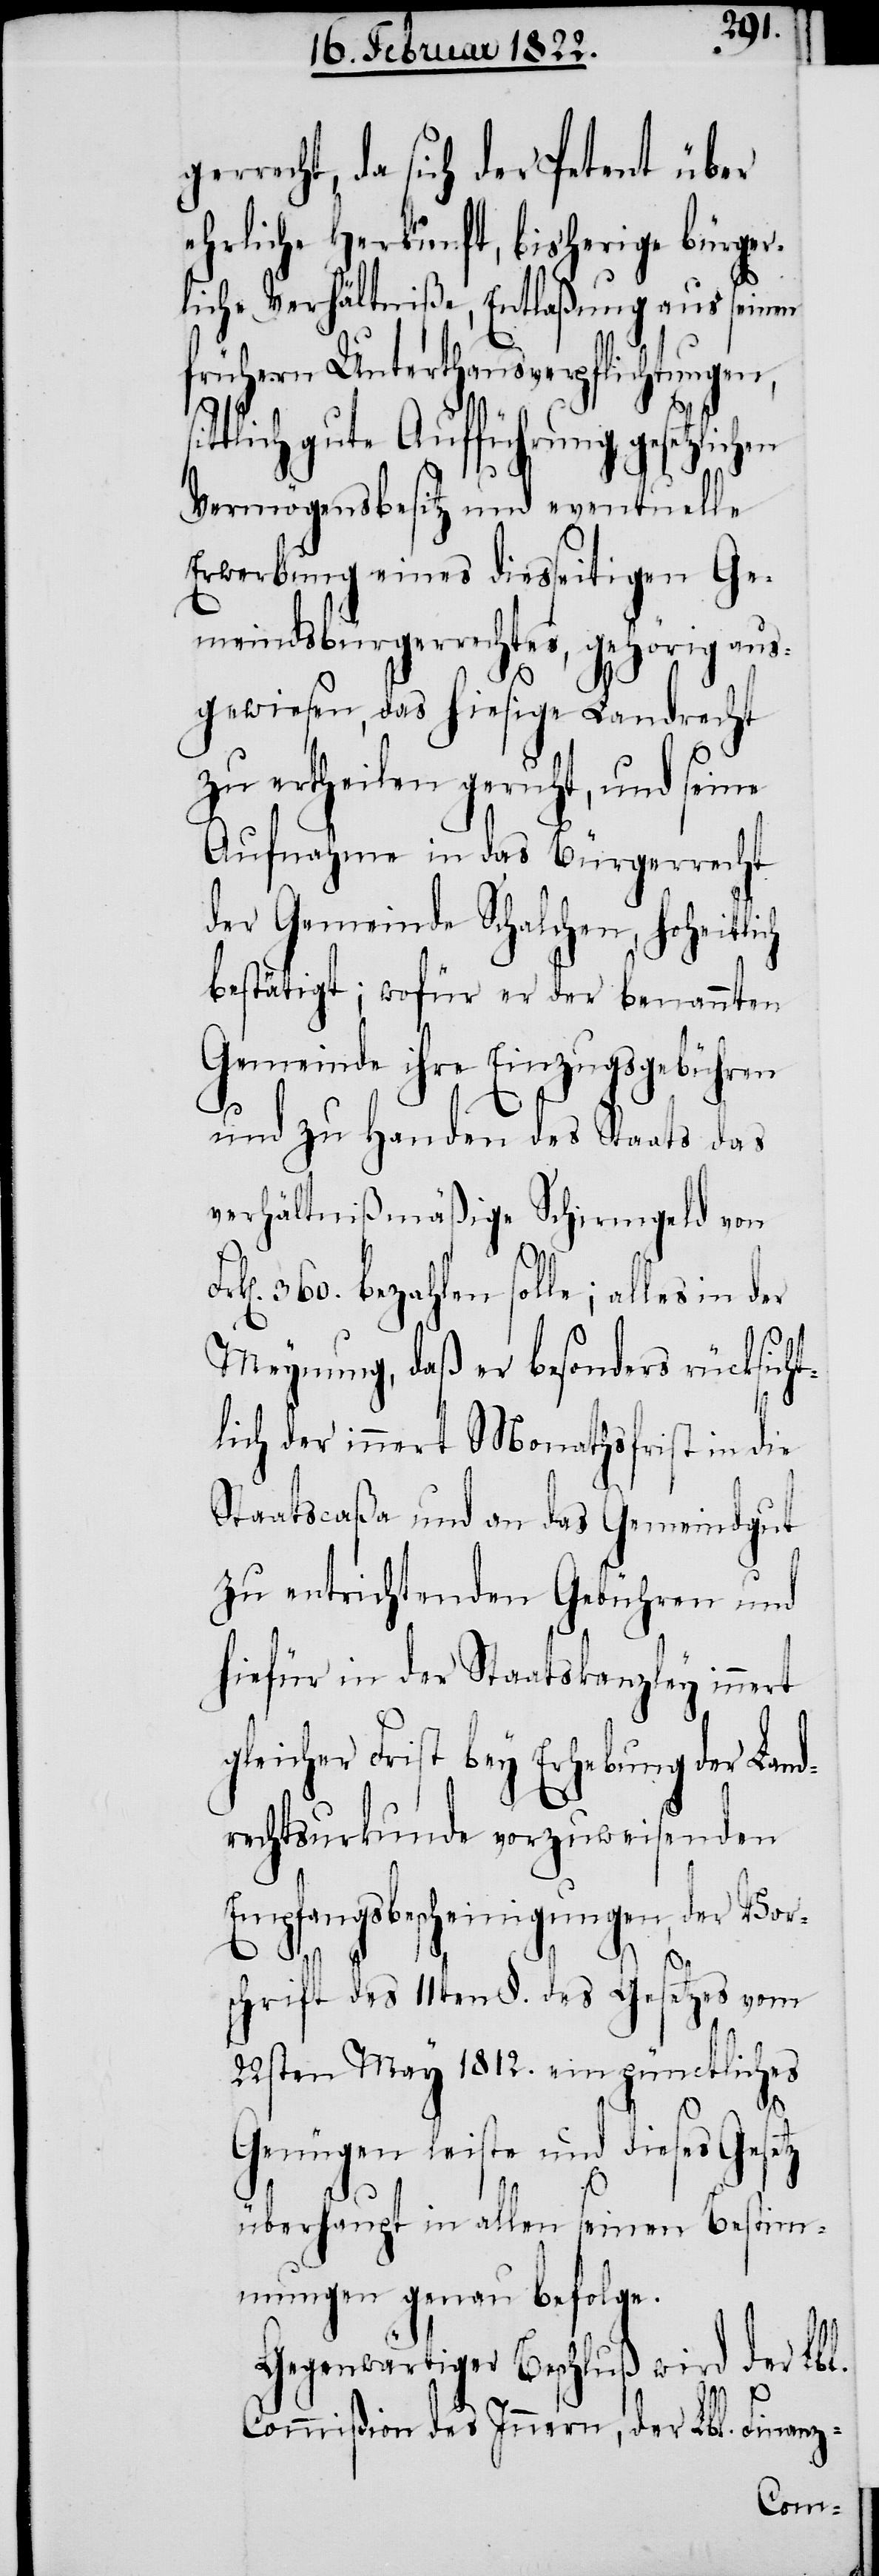
recht, da sich der Petent über
ehrliche Herkunft, bisherige bürger¬
liche Verhältniße, Entlaßung aus seinen
frühern Unterthansverpflichtungen,
tlich gute Aufführung, gesetzlich¬
Vermögensbesitz und eventuelle
Erwerbung eines diesseitigen Ge¬
meindsbürgerrechtes, gehörig aus¬
gewiesen, das hiesige Landrecht
zu ertheilen geruht, und seine
Aufnahme in das Bürgerrecht
der Gemeinde Schalchen, hoheitlich
bestätigt; wofür er der benannten
Gemeinde ihre Einzugsgebühren
und zu Handen des Staats das
verhältnißmäßige Schirmgeld von
360. bezahlen solle; alles in
Meynung, daß er besonders rücksich¬
tlich der innert Monathsfrist in die
Staatscaßa und an das Gemeindgut
zu entrichtenden Gebühren und
hiefür in der Staatskanzley innert
gleicher Frist bey Erhebung der Land¬
rechtsurkunde vorzuweisenden
Empfangsbescheinigungen, der Vor¬
schrift des 11ten §. des Gesetzes vom
22sten May 1812. ein pünctliches
Genügen leiste und dieses Gesetz
überhaupt in allen seinen Bestim¬
mungen genau befolge.
Gegenwärtiger Beschluß wird der Lbl.
Commißion des Innern, der Lbl. Finanz-
en